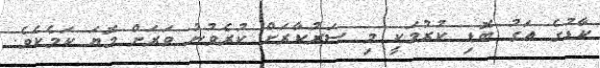
ކާޑުގެ އަގު ބޮޑި ކުރުމަކީ މި ސަރުކާރަށް ކުރެވުނު ވަރަށް މޮޔަ ކަމެކެވެ.